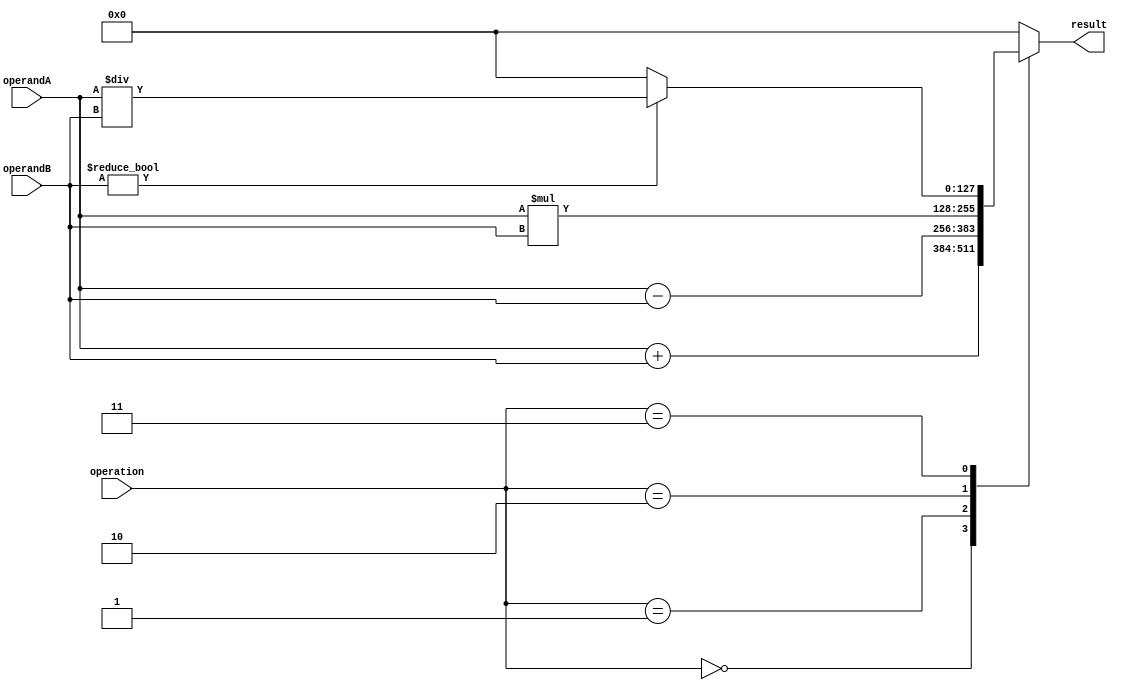
module QuadPrecisionFloatingPointUnit(
input [127:0] operandA,
input [127:0] operandB,
input [3:0] operation, // 0: addition, 1: subtraction, 2: multiplication, 3: division
output reg [127:0] result
);

always @(*) begin
case(operation)
0: result = operandA + operandB; // addition
1: result = operandA - operandB; // subtraction
2: result = operandA * operandB; // multiplication
3: begin
if(operandB != 0) begin
result = operandA / operandB; // division
end
else begin
result = 128'b0; // handle division by zero case
end
end
default: result = 128'b0; // default case
endcase
end

endmodule